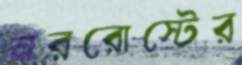
নররোস্টের